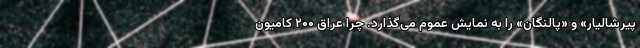
پیرشالیار» و «پالنگان» را به نمایش عموم می‌گذارد. چرا عراق ۲۰۰ کامیون